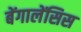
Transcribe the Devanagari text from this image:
बेंगालेंसिस